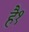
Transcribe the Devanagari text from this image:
है१